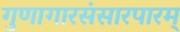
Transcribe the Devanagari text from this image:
गुणागारसंसारपारम्